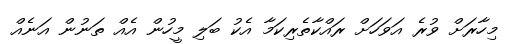
މިހާރަށް ވުރެ އަވަހަށް ރައްކާތެރިކަމާ އެކު ބަލި މީހުން އެއް ތަނުން އަނެއް